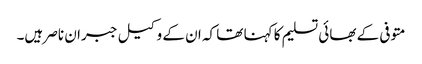
متوفی کے بھائی تسلیم کا کہنا تھا کہ ان کے وکیل جبران ناصر ہیں۔